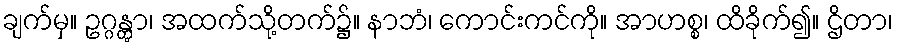
ချက်မှ။ ဥဂ္ဂန္တွာ၊ အထက်သို့တက်၌။ နာဘံ၊ ကောင်းကင်ကို။ အာဟစ္စ၊ ထိခိုက်၍။ ဌိတာ၊